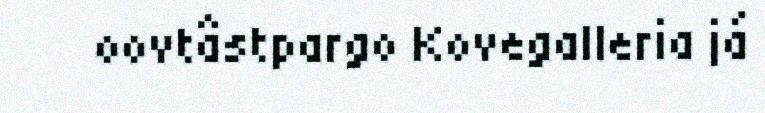
oovtâstpargo Kovegalleria já